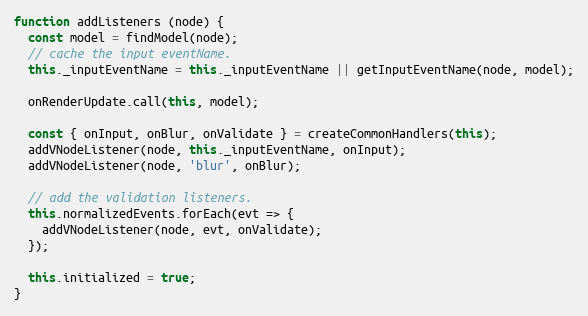
Language: JavaScript
function addListeners (node) {
  const model = findModel(node);
  // cache the input eventName.
  this._inputEventName = this._inputEventName || getInputEventName(node, model);

  onRenderUpdate.call(this, model);

  const { onInput, onBlur, onValidate } = createCommonHandlers(this);
  addVNodeListener(node, this._inputEventName, onInput);
  addVNodeListener(node, 'blur', onBlur);

  // add the validation listeners.
  this.normalizedEvents.forEach(evt => {
    addVNodeListener(node, evt, onValidate);
  });

  this.initialized = true;
}